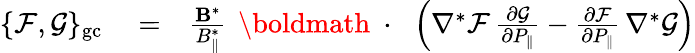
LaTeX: \begin{array}{rlr}{\{ {\cal F},{\cal G}\} _{\mathrm{gc}}}&{{}=}&{\frac{{\mathbf B}^{*}}{B_{\| }^{*}}\, \mathrm{~\boldmath~\cdot~}\, \left(\nabla^{*}{\cal F}\, \frac{\partial\cal G}{\partial P_{\| }}-\frac{\partial\cal F}{\partial P_{\| }}\, \nabla^{*}{\cal G}\right)}\end{array}